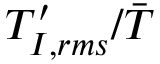
T _ { I , r m s } ^ { \prime } / \bar { T }